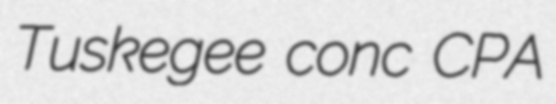
Tuskegee conc CPA